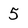
Character: 5